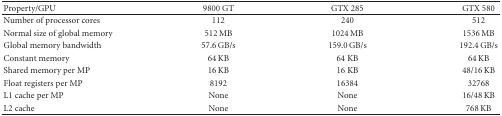
<table><thead><tr><td><b> Property/GPU</b></td><td><b> 9800 GT</b></td><td><b> GTX 285</b></td><td><b> GTX 580</b></td></tr></thead><tbody><tr><td> Number of processor cores</td><td> 112</td><td> 240</td><td> 512</td></tr><tr><td>Normal size of global memory</td><td> 512 MB</td><td> 1024 MB</td><td> 1536 MB</td></tr><tr><td>Global memory bandwidth</td><td> 57.6 GB/s</td><td> 159.0 GB/s</td><td> 192.4 GB/s</td></tr><tr><td>Constant memory</td><td> 64 KB</td><td> 64 KB</td><td> 64 KB</td></tr><tr><td>Shared memory per MP</td><td> 16 KB</td><td> 16 KB</td><td> 48/16 KB</td></tr><tr><td>Float registers per MP</td><td> 8192</td><td> 16384</td><td> 32768</td></tr><tr><td>L1 cache per MP</td><td> None</td><td> None</td><td> 16/48 KB</td></tr><tr><td>L2 cache</td><td> None</td><td> None</td><td> 768 KB</td></tr></tbody></table>